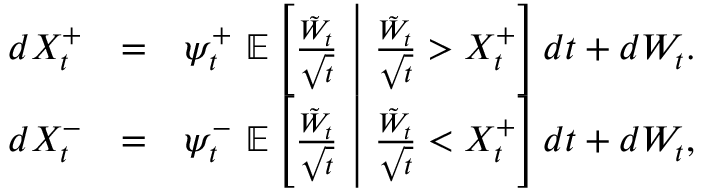
\begin{array} { r l r } { d X _ { t } ^ { + } } & { = } & { \psi _ { t } ^ { + } \ \mathbb { E } \left[ \frac { \tilde { W } _ { t } } { \sqrt { t } } \ \right| \left. \frac { \tilde { W } _ { t } } { \sqrt { t } } > X _ { t } ^ { + } \right] d t + d W _ { t } . } \\ { d X _ { t } ^ { - } } & { = } & { \psi _ { t } ^ { - } \ \mathbb { E } \left[ \frac { \tilde { W } _ { t } } { \sqrt { t } } \ \right| \left. \frac { \tilde { W } _ { t } } { \sqrt { t } } < X _ { t } ^ { + } \right] d t + d W _ { t } , } \end{array}